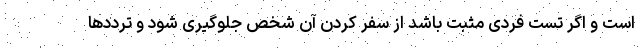
است و اگر تست فردی مثبت باشد از سفر کردن آن شخص جلوگیری شود و ترددها